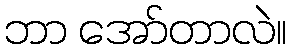
ဘာ အော်တာလဲ။